Medical and sanitary report of the native army of Madras for the year
Year: 1878
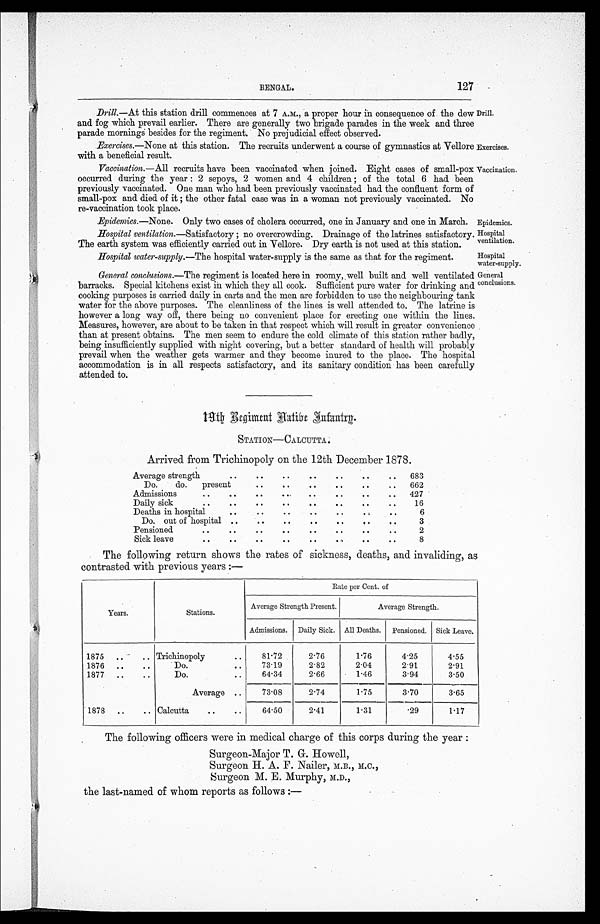
BENGAL.
127
Exercises.
Vaccination,
Epidemics.
Hospital
ventilation.
Drill.—At this station drill commences at 7 A.M., a proper hour in consequence of the dew
and fog which prevail earlier. There are generally two brigade parades in the week and three
parade mornings besides for the regiment. No prejudicial effect observed.
Exercises.—None at this station. The recruits underwent a course of gymnastics at Vellore
with a beneficial result.
Vaccination.—All recruits have been vaccinated when joined. Eight cases of small-pox
occurred during the year : 2 sepoys, 2 women and 4 children ; of the total 6 had been
previously vaccinated. One man who had been previously vaccinated had the confluent form of
small-pox and died of it ; the other fatal case was in a woman not previously vaccinated. No
re-vaccination took place.
Drill.
Epidemics.--None . Only two cases of cholera occurred, one in January and one in March.
Hospital ventilation.—Satisfactory ; no overcrowding. Drainage of the latrines satisfactory.
The earth system was efficiently carried out in Vellore. Dr y earth is not used at this station.
Hospital water-supply.—The hospital water-supply is the same as that for the regiment.
Hospital
water-supply.
General conclusions.— The regiment is located here in roomy,well built and well ventilated
barracks. Special kitchens exist in which they all cook. Sufficient pure water for drinking and
cooking purposes is carried daily in carts and the men are forbidden to use the neighbouring tank
water for the above purposes. The cleanliness of the lines is well attended to. The latrine is
however a long way off, there being no convenient place for erecting one within the lines.
Measures, however, are about to be taken in that respect which will result in greater convenience
than at present obtains. The men seem to endure the cold climate of this station rather badly,
being insufficiently supplied with night covering, but a better standard of health will probably
prevail when the weather gets warmer and they become inured to the place. The hospital
accommodation is in all respects satisfactory, and its sanitary condition has been carefully
attended to.
General
conclusions.
1 9 t h R e g i m e n t N a t i v e I n f a n t r y .
STATION—CALCUTTA;
Arrived from Trichinopoly on the 12th December 1878.
Average strength
.. .. .. .. .. .. ..
683
Do.
do.
present
.. .. .. .. .. ..
662
Admissions
..
.. .. .. .. .. .. ..
427
Daily sick
..
.. .. .. .. .. .. ..
16
Deaths in hospital
.. .. .. .. .. .. ..
6
Do. out of hospital ..
.. .. .. .. .. ..
3
Pensioned
..
.. .. .. .. .. .. ..
2
Sick leave ..
.. .. .. .. .. .. ..
8
The following return shows the rates of sickness, deaths, and invaliding, as
contrasted with previous years :—
Years.
Stations.
R a t e p e r C e n t . o f
Average Strength Present.
Average Strength.
Admissions. Daily Sick. All Deaths. Pensioned. Sick Leave.
1875
..
.. Trichinopoly
..
81.72
2.76
1 . 7 6
4.25
4.55
1876
..
..
Do.
..
73.19
2.82
2.04
2.91
2.91
1877
..
..
Do.
..
64.34
2.66
1.46
3.94
3.50
Average ..
73.08
2.74
1.75
3.70
3.65
1878
..
.. Calcutta
..
..
64.50
2.41
1.31
. 2 9
1.17
The following officers were in medical charge of this corps during the year :
Surgeon-Major T. G. Howell,
Surgeon H. A. F. Nailer, M.B., M . C . ,
S u r g e o n
M
.
E . M u r p h y , M . D . ,
the last-named of whom reports as follows :—